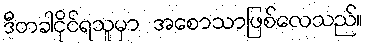
ဒီတခါငိုင်ရသူမှာ အစောသာဖြစ်လေသည်။